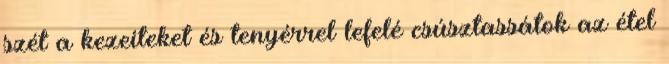
szét a kezeiteket és tenyérrel lefelé csúsztassátok az étel